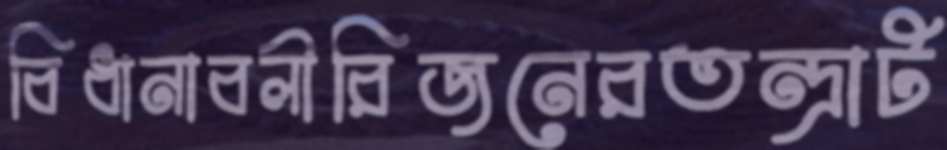
বিধানাবলীরিজনেরতন্দ্রাট